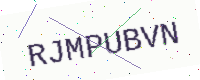
Text: RJMPUBVN